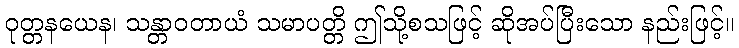
ဝုတ္တနယေန၊ သန္တာဝတာယံ သမာပတ္တိ ဤသို့စသဖြင့် ဆိုအပ်ပြီးသော နည်းဖြင့်။